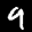
Label: 9